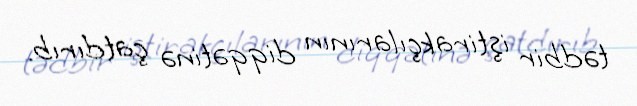
tədbir iştirakçılarının diqqətinə çatdırıb.